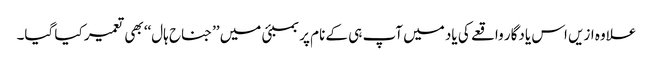
علاوہ ازیں اس یادگار واقعے کی یاد میں آپ ہی کے نام پر بمبئی میں ’’جناح ہال‘‘ بھی تعمیر کیا گیا۔